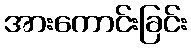
အားကောင်းခြင်း